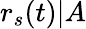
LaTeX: r_{s}(t)|A